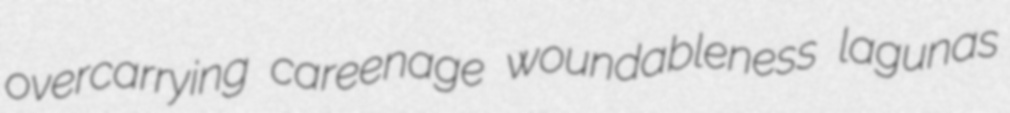
overcarrying careenage woundableness lagunas